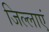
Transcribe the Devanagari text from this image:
जिल्लाएं